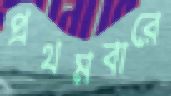
প্রথমবারে